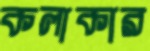
কলাকার